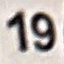
19